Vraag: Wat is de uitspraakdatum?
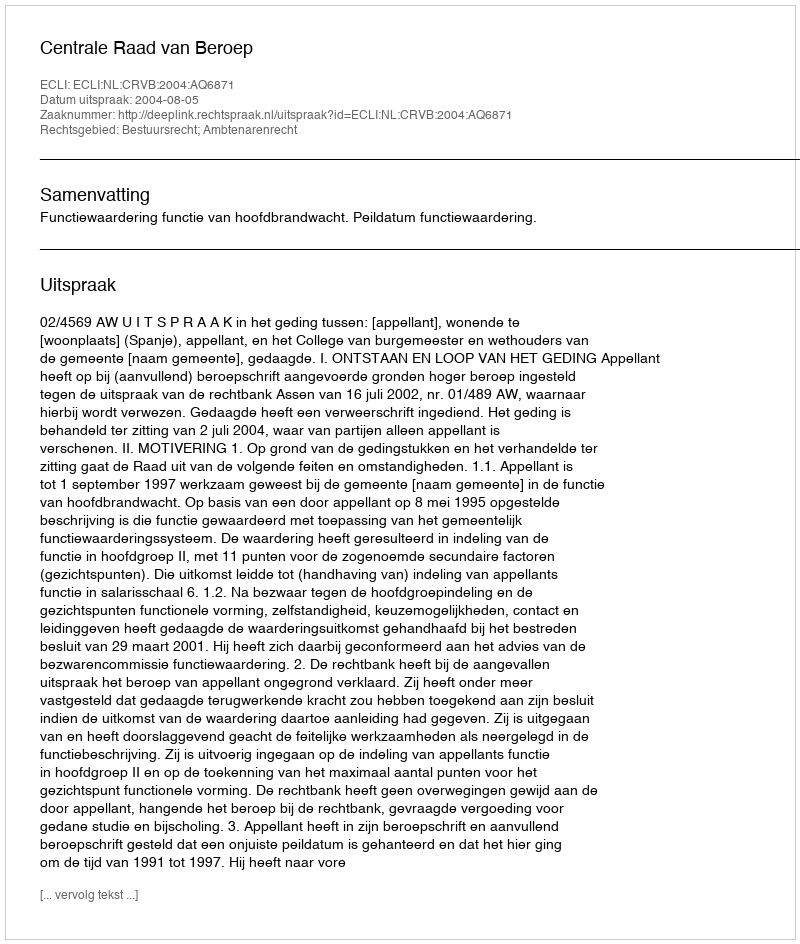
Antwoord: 2004-08-05